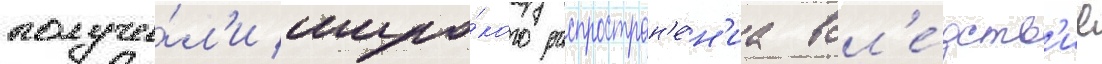
получи́л'и широ́кого распростран'е́н'иа всл'е́дств'ие